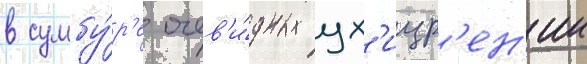
в сумбу́р'е очев'и́дных ух'ищр'ен'ии